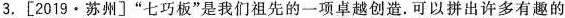
3. [2019 · 苏州〕“七巧板”是我们祖先的一项卓越创造。可以拼出许多有趣的